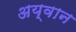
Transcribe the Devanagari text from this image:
अय्वान